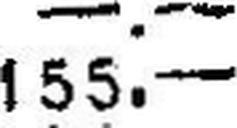
155.—